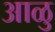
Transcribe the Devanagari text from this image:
आळु